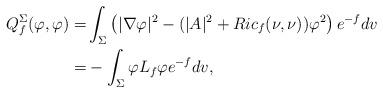
LaTeX: \begin{align*}Q_f^{\Sigma}(\varphi,\varphi)=&\int_{\Sigma}\left(|\nabla \varphi|^2-(|A|^2+Ric_f(\nu,\nu))\varphi^2\right)e^{-f}dv\\ =&-\int_{\Sigma}\varphi L_f\varphi e^{-f}dv,\end{align*}